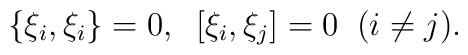
\{\xi _i,\xi _i\}=0,\;\;[\xi _i,\xi _j]=0\;\;(i\neq j).